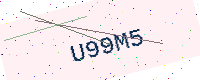
Text: U99M5